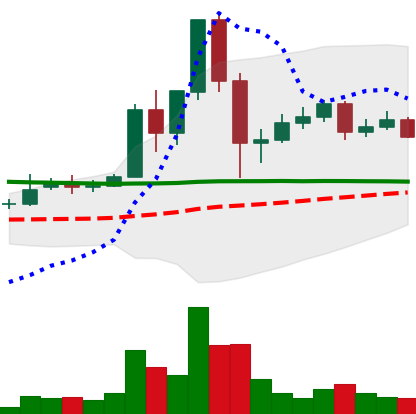
Ticker: DOGE-USD
Chart end date: 2020-12-04
Forward return: -4.245%
Label: down_3_5